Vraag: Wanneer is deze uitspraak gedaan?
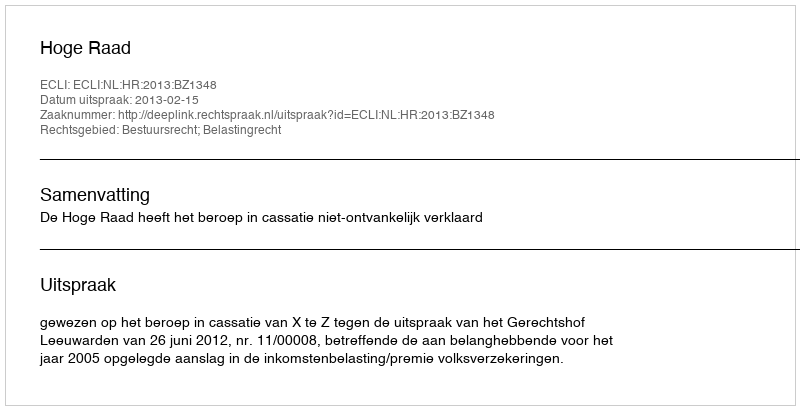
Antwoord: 2013-02-15